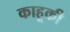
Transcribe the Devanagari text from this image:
काहूकी